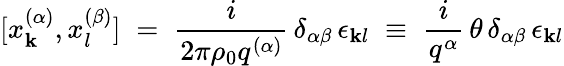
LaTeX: [x_{\mathbf{k}}^{(\alpha)},x_{l}^{(\beta)}]\; =\; \frac{{i}}{{2\pi\rho_{0}q^{(\alpha)}}}\, \delta_{\alpha\beta}\, \epsilon_{\mathbf{k}l}\; \equiv\; \frac{{i}}{{q^{\alpha}}}\, \theta\, \delta_{\alpha\beta}\, \epsilon_{\mathbf{k}l}